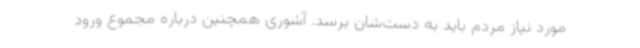
مورد نیاز مردم باید به دست‌شان برسد. آشوری همچنین درباره مجموع ورود